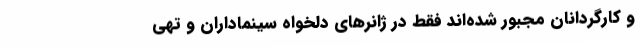
و کارگردانان مجبور شده‌اند فقط در ژانرهای دلخواه سینماداران و تهی